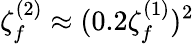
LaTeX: \zeta_{f}^{(2)}\approx(0.2\zeta_{f}^{(1)})^{2}